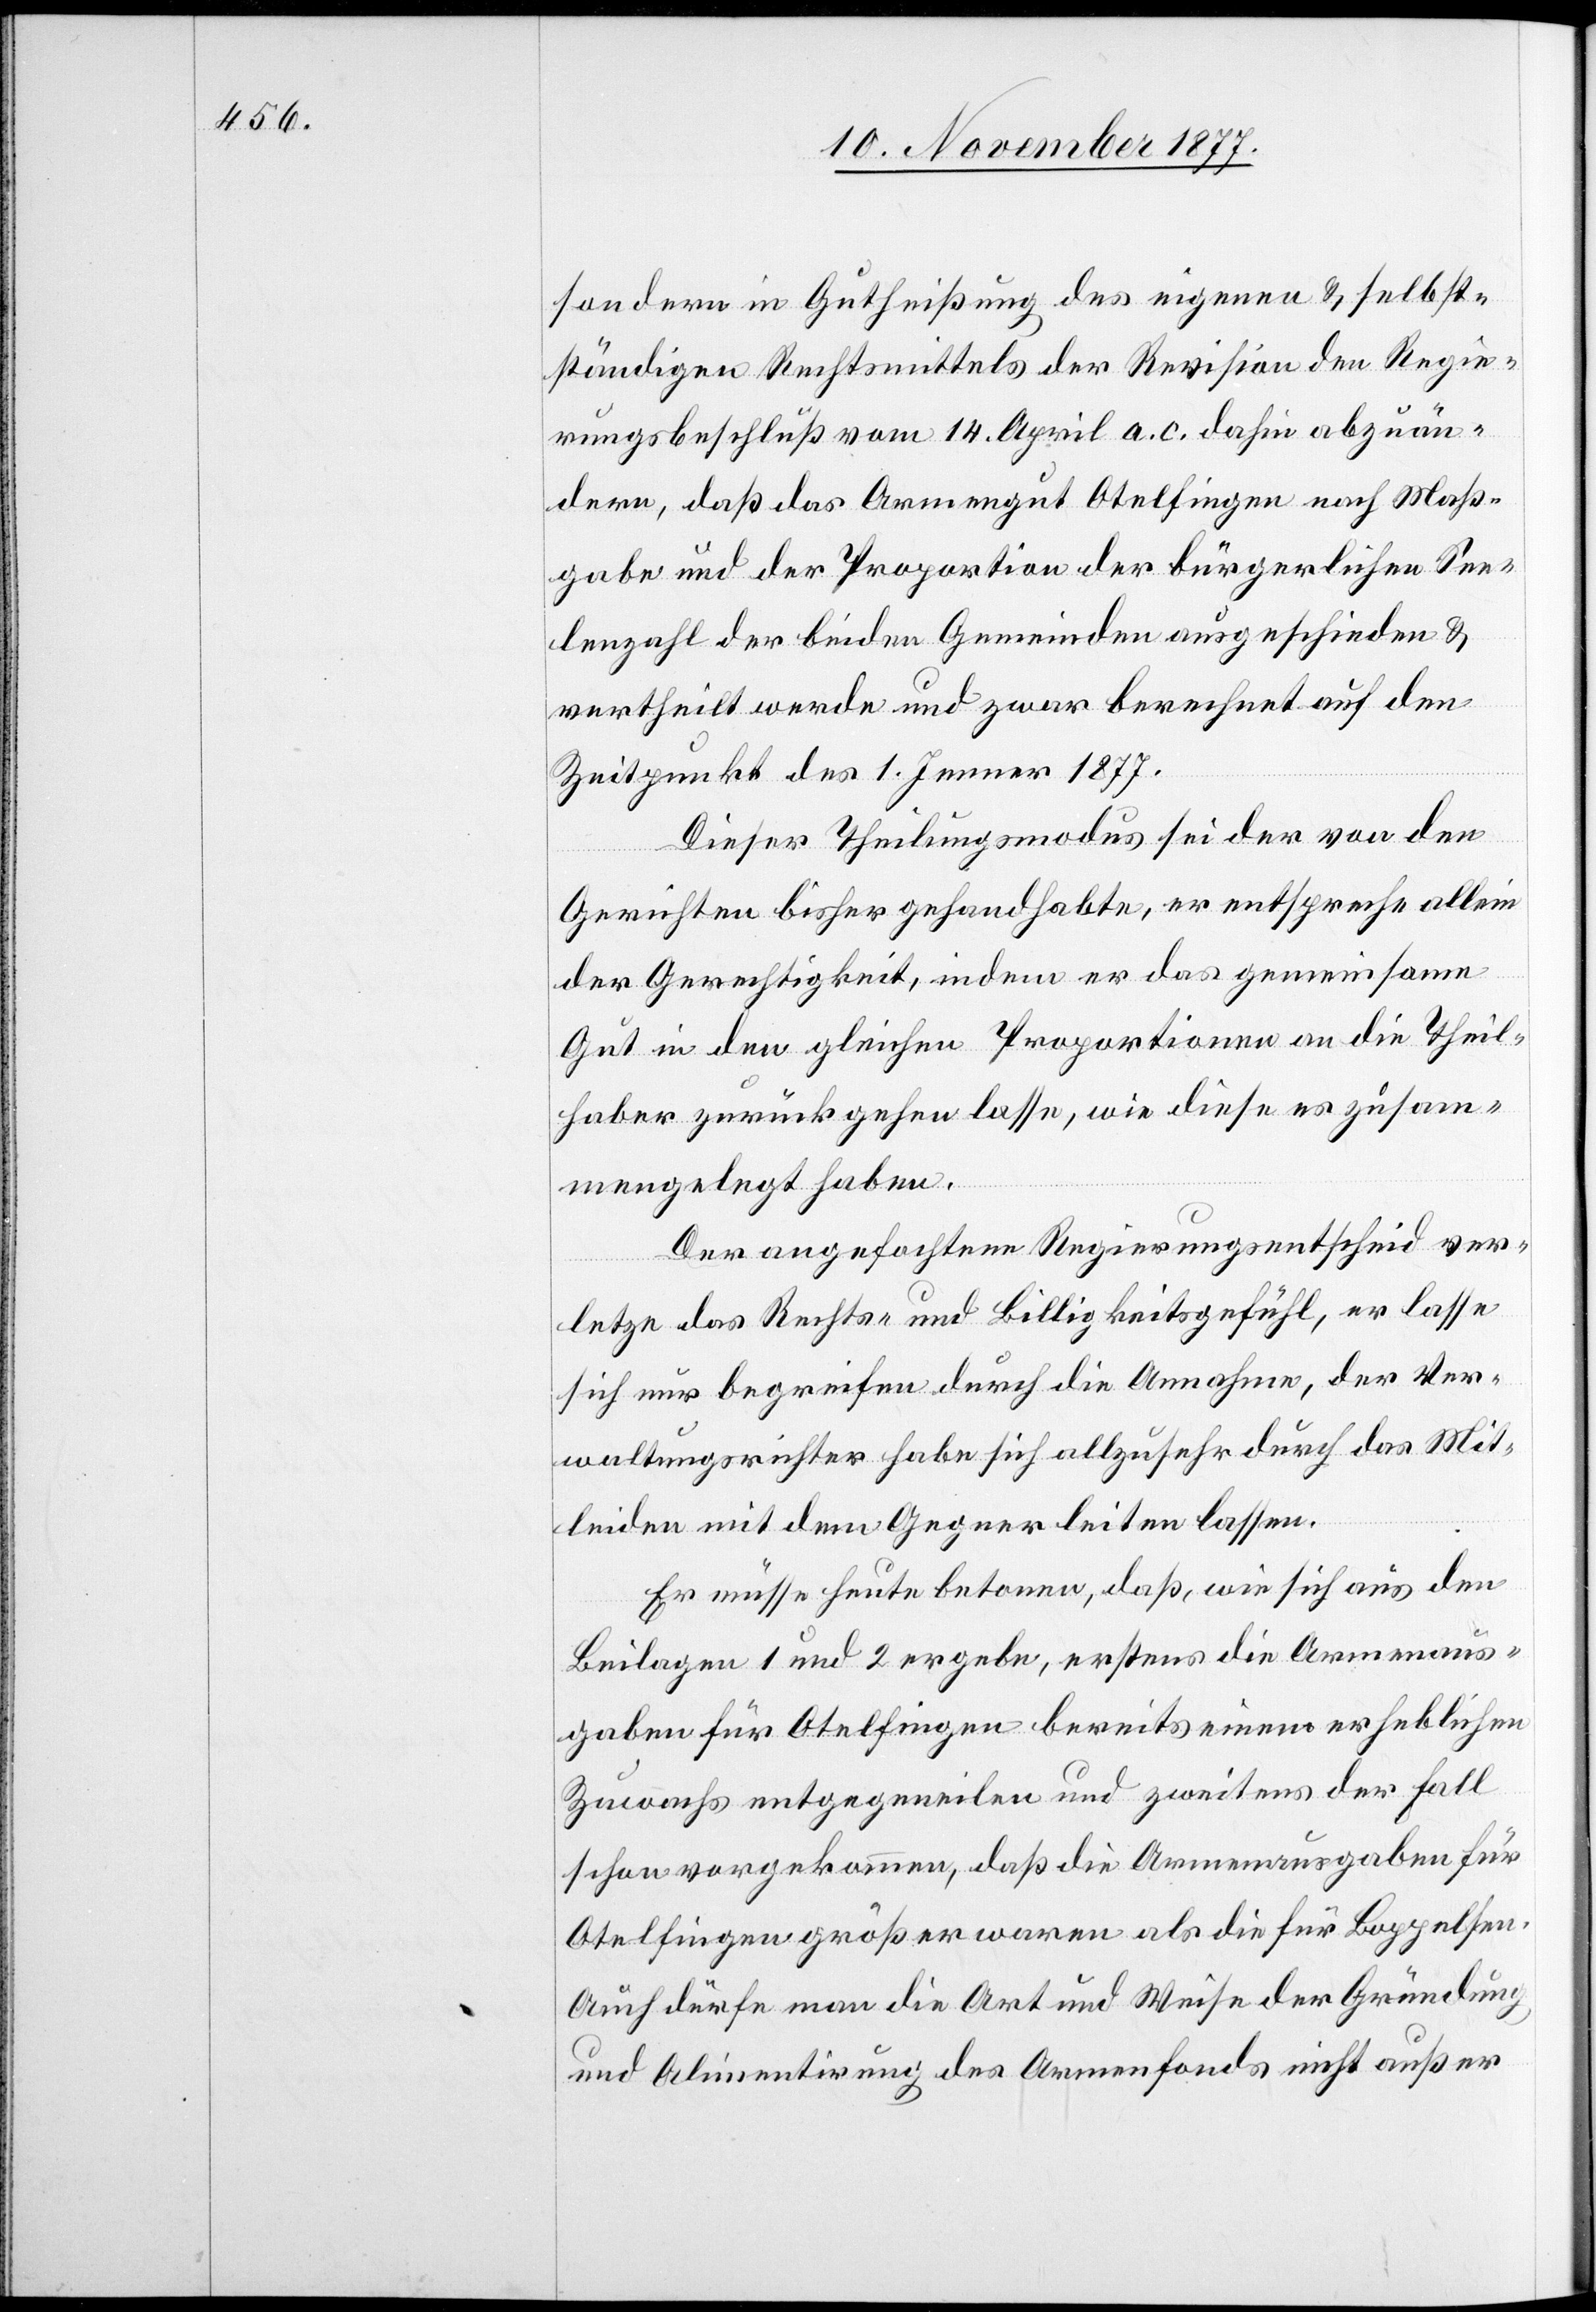
sondern in Gutheißung des eigenen & selbst¬
ständigen Rechtsmittels der Revision den Regie¬
rungsbeschluß vom 14. April a. c. dahin abzuän¬
dern, daß das Armengut Otelfingen nach Maß¬
gabe und der Proportion der bürgerlichen See¬
lenzahl der beiden Gemeinden ausgeschieden &
vertheilt werde und zwar berechnet auf den
Zeitpunkt des 1. Jenner 1877.
Dieser Theilungsmodus sei der von den
Gerichten bisher gehandhabte, er entspreche allein
der Gerechtigkeit, indem er das gemeinsame
Gut in den gleichen Proportionen an die Theil¬
haber zurückgehen lasse, wie diese es zusam¬
mengelegt haben.
Der angefochtene Regierungsentscheid ver¬
letze das Rechts- und Billigkeitsgefühl, er lasse
sich nur begreifen durch die Annahme, der Ver¬
waltungsrichter habe sich allzusehr durch das Mit¬
leiden mit dem Gegner leiten lassen.
Er müsse heute betonen, daß, wie sich aus den
Beilagen 1 und 2 ergebe, erstens die Armenaus¬
gaben für Otelfingen bereits einem erheblichen
Zuwachs entgegeneilen und zweitens der Fall
schon vorgekommen, daß die Armenausgaben für
Otelfingen größer waren als die für Boppelsen.
Auch dürfe man die Art und Weise der Gründung
und Alimentirung des Armenfonds nicht außer